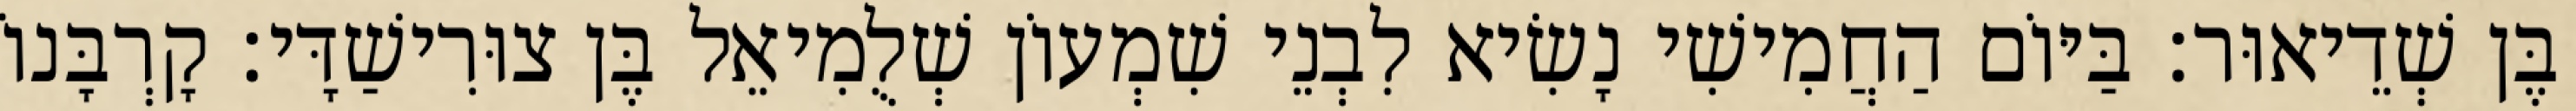
בֶּן שְׁדֵיאוּר׃ בַּיּוֹם הַחֲמִישִׁי נָשִׂיא לִבְנֵי שִׁמְעוֹן שְׁלֻמִיאֵל בֶּן צוּרִישַׁדָּי׃ קָרְבָּנוֹ